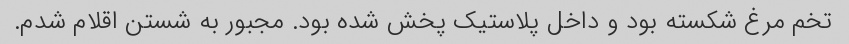
تخم مرغ شکسته بود و داخل پلاستیک پخش شده بود. مجبور به شستن اقلام شدم.